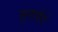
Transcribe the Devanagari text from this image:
सुनायेंगें